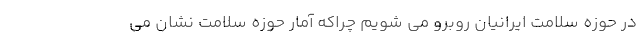
در حوزه سلامت ایرانیان روبرو می شویم چراکه آمار حوزه سلامت نشان می